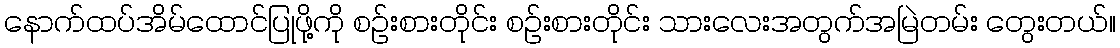
နောက်ထပ်အိမ်ထောင်ပြုဖို့ကို စဉ်းစားတိုင်း စဉ်းစားတိုင်း သားလေးအတွက်အမြဲတမ်း တွေးတယ်။